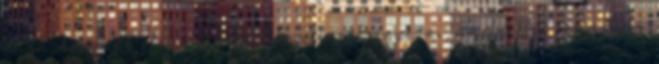
volna, hogy egy olyan jelenetet fogok megkönnyezni, amelyikben semmilyen